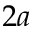
2 a